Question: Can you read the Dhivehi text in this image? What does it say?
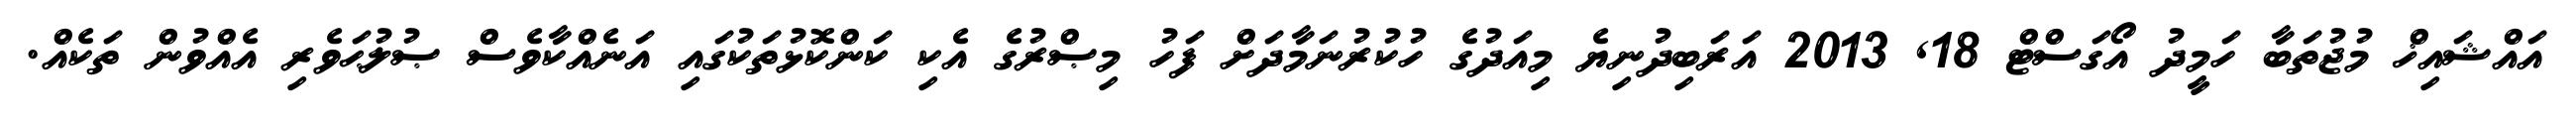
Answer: އައްޝައިޚް މުޖުތަބާ ހަމީދު އޯގަސްޓް 18, 2013 އަރަބިދުނިޔެ މިއަދުގެ ހުކުރުނަމާދަށް ފަހު މިޞްރުގެ އެކި ކަންކޮޅުތަކުގައި އަނެއްކާވެސް ޞުލުޙަވެރި އެއްވުން ތަކެއް.